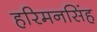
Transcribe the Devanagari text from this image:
हरिमनसिंह